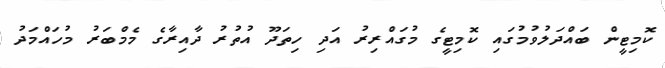
ކޮމިޓީން ބައްދަލުވުމުގައި ކޮމިޓީގެ މުގައްރިރު އަދި ހިތަދޫ އުތުރު ދާއިރާގެ މެމްބަރު މުހައްމަދު